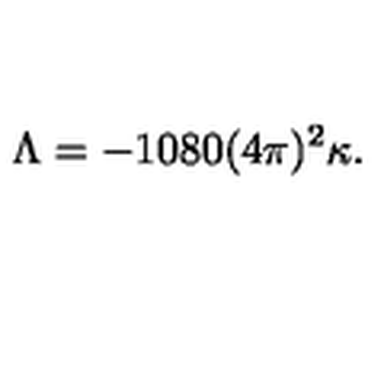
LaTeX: \Lambda = - 1 0 8 0 ( 4 \pi ) ^ { 2 } \kappa .